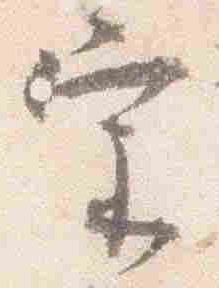
宗